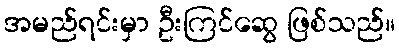
အမည်ရင်းမှာ ဦးကြင်ဆွေ ဖြစ်သည်။